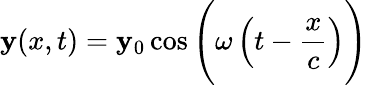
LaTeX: \mathbf{y}(x,t)=\mathbf{y}_{0}\cos{\Bigg(}\omega\left(t-{\frac{{x}}{{c}}}\right){\Bigg)}